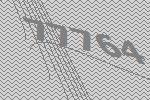
77764